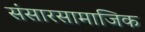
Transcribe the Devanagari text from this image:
संसारसामाजिक